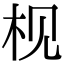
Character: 枧